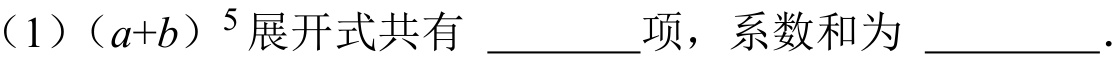
（1）\((a + b)^{5}\)展开式共有 ________项，系数和为 _________.